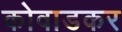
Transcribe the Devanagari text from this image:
कोवाडकर